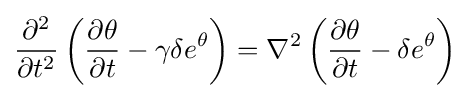
{\frac {\partial ^{2}}{\partial t^{2}}}\left({\frac {\partial \theta }{\partial t}}-\gamma \delta e^{\theta }\right)=\nabla ^{2}\left({\frac {\partial \theta }{\partial t}}-\delta e^{\theta }\right)